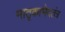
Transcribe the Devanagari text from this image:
मातृकाभेदतंत्र